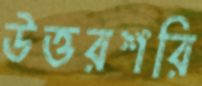
উত্তরশরি